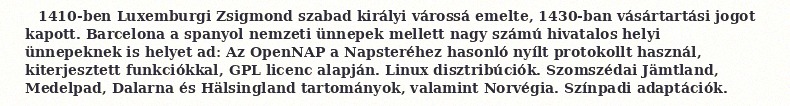
1410-ben Luxemburgi Zsigmond szabad királyi várossá emelte, 1430-ban vásártartási jogot kapott. Barcelona a spanyol nemzeti ünnepek mellett nagy számú hivatalos helyi ünnepeknek is helyet ad: Az OpenNAP a Napsteréhez hasonló nyílt protokollt használ, kiterjesztett funkciókkal, GPL licenc alapján. Linux disztribúciók. Szomszédai Jämtland, Medelpad, Dalarna és Hälsingland tartományok, valamint Norvégia. Színpadi adaptációk.